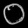
Digit: ၀